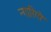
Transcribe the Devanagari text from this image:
न्गारिगो